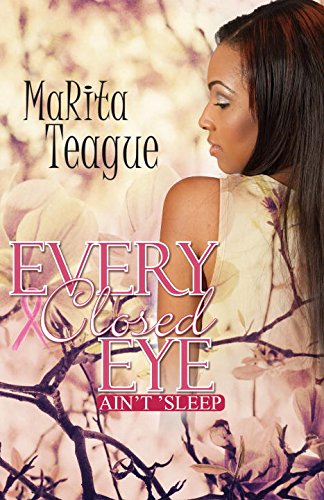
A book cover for Every Closed Eye Ain't 'Sleep; MaRita Teague; Literature & Fiction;